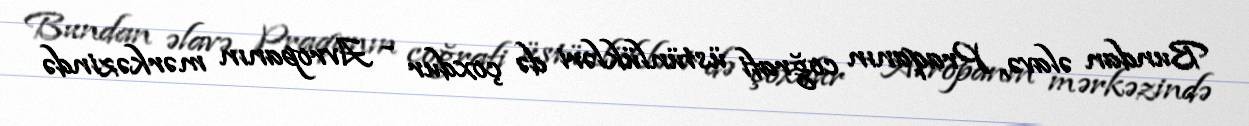
Bundan əlavə, Praqanın coğrafi üstünlükləri də çoxdur - Avropanın mərkəzində